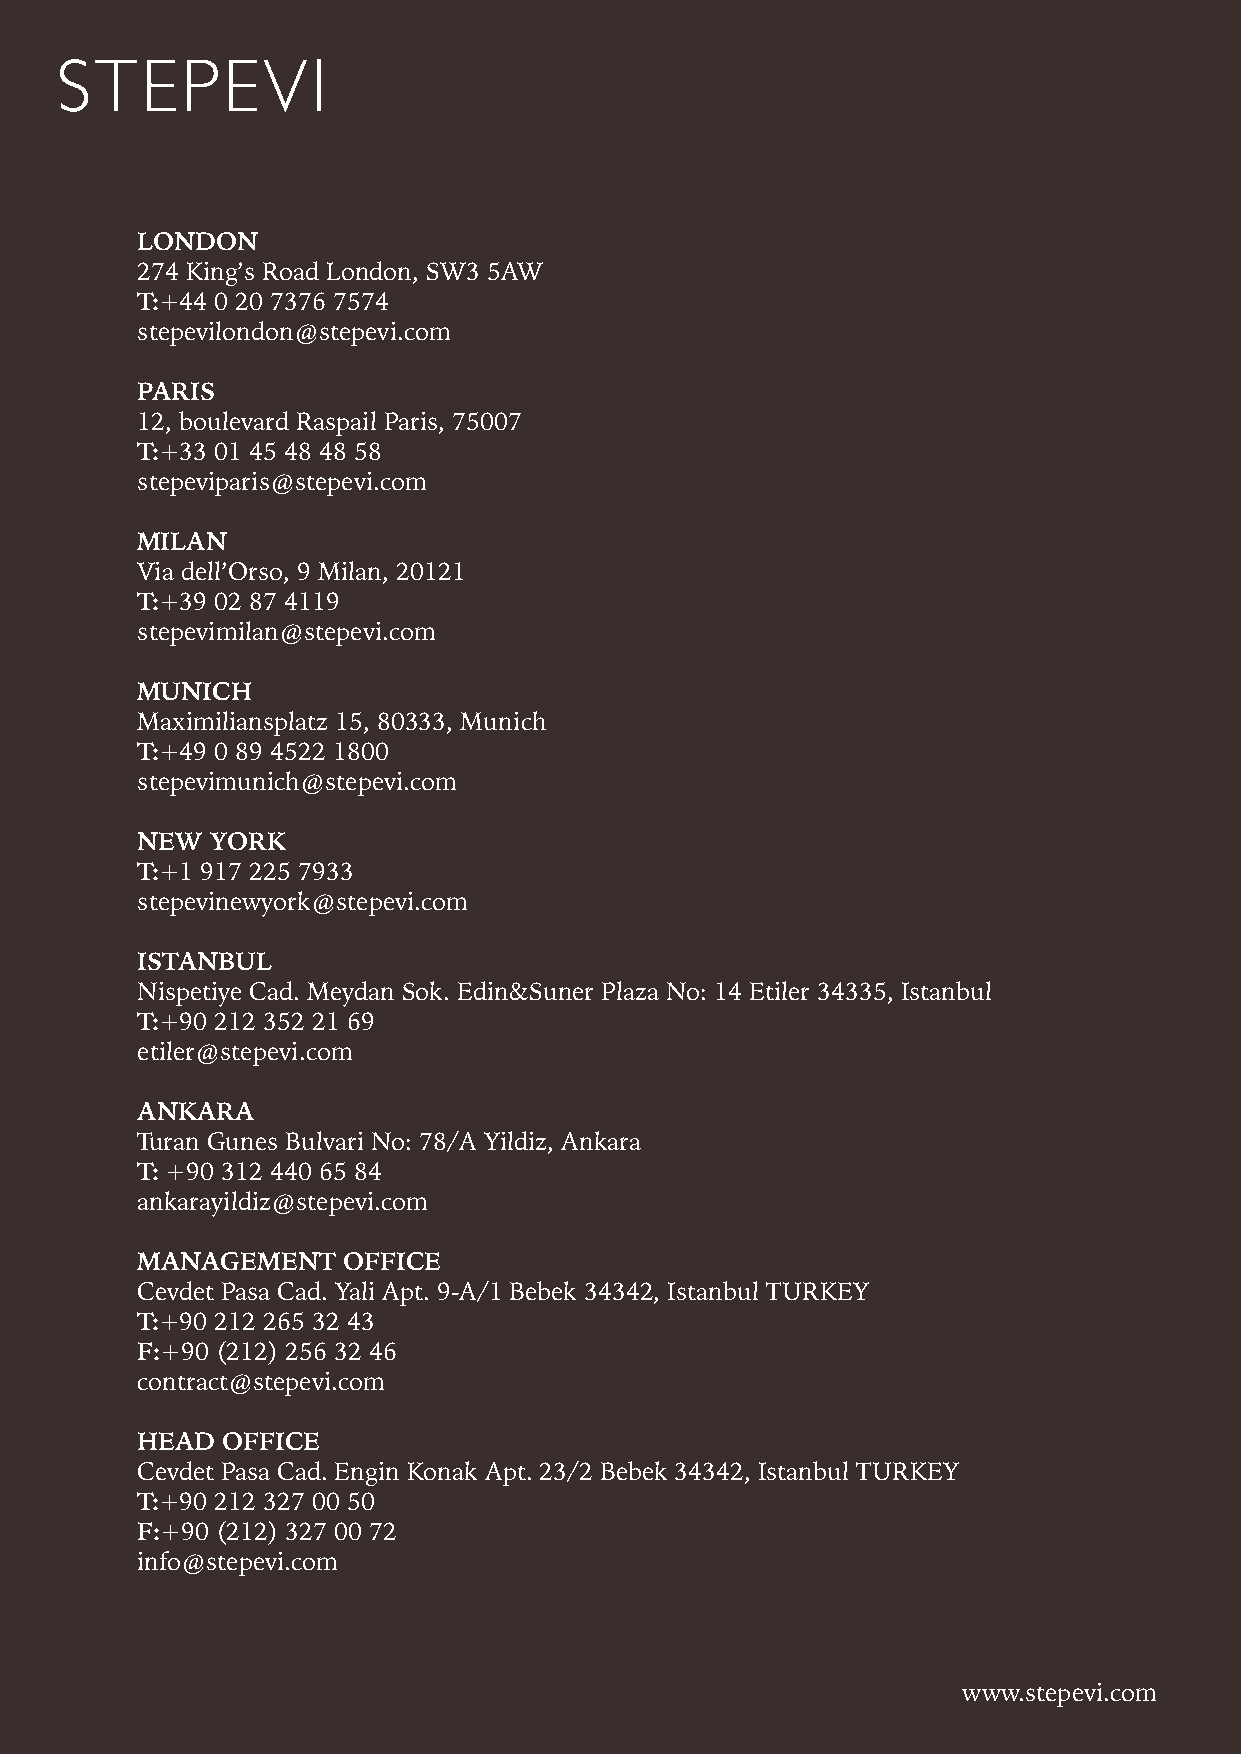
LONDON
 274 King’s Road London, SW3 5AW
 T:+44 0 20 7376 7574
 stepevilondon@stepevi.com
 PARIS
 12, boulevard Raspail Paris, 75007
 T:+33 01 45 48 48 58
 stepeviparis@stepevi.com
 MILAN
 Via dell’Orso, 9 Milan, 20121
 T:+39 02 87 4119
 stepevimilan@stepevi.com
 MUNICH
 Maximiliansplatz 15, 80333, Munich
 T:+49 0 89 4522 1800
 stepevimunich@stepevi.com
 NEW  YORK
 T:+1 917 225 7933
 stepevinewyork@stepevi.com
 ISTANBUL
 Nispetiye Cad. Meydan Sok. Edin&Suner Plaza No: 14 Etiler 34335, Istanbul
 T:+90 212 352 21 69
 etiler@stepevi.com
 ANKARA
 Turan Gunes Bulvari No: 78/A Yildiz, Ankara
 T: +90 312 440 65 84
 ankarayildiz@stepevi.com
 MANAGEMENT    OFFICE
 Cevdet Pasa Cad. Yali Apt. 9-A/1 Bebek 34342, Istanbul TURKEY
 T:+90 212 265 32 43
 F:+90 (212) 256 32 46
 contract@stepevi.com
 HEAD  OFFICE
 Cevdet Pasa Cad. Engin Konak Apt. 23/2 Bebek 34342, Istanbul TURKEY
 T:+90 212 327 00 50
 F:+90 (212) 327 00 72
 info@stepevi.com
 www.stepevi.com